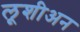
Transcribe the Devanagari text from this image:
लूशीअन